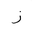
Letter: _zay